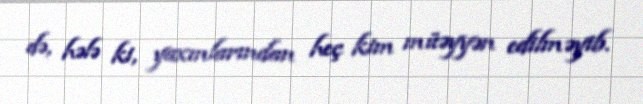
də, hələ ki, yaxınlarından heç kim müəyyən edilməyib.